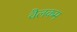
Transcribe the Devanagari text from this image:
वैलकम